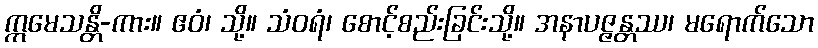
ဣမေသန္တိ-ကား။ ဧဝံ၊ သို့။ သံဝရံ၊ စောင့်စည်းခြင်းသို့။ အနာပဇ္ဇန္တဿ၊ မရောက်သော